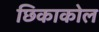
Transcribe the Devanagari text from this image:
छिकाकोल